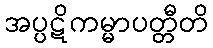
အပ္ပဋိကမ္မာပတ္တီတိ